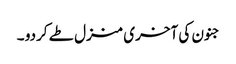
جنون کی آخری منزل طے کردو ۔